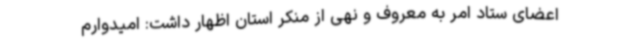
اعضای ستاد امر به معروف و نهی از منکر استان اظهار داشت: امیدوارم